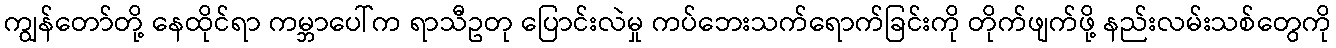
ကျွန်တော်တို့ နေထိုင်ရာ ကမ္ဘာပေါ်က ရာသီဥတု ပြောင်းလဲမှု ကပ်ဘေးသက်ရောက်ခြင်းကို တိုက်ဖျက်ဖို့ နည်းလမ်းသစ်တွေကို